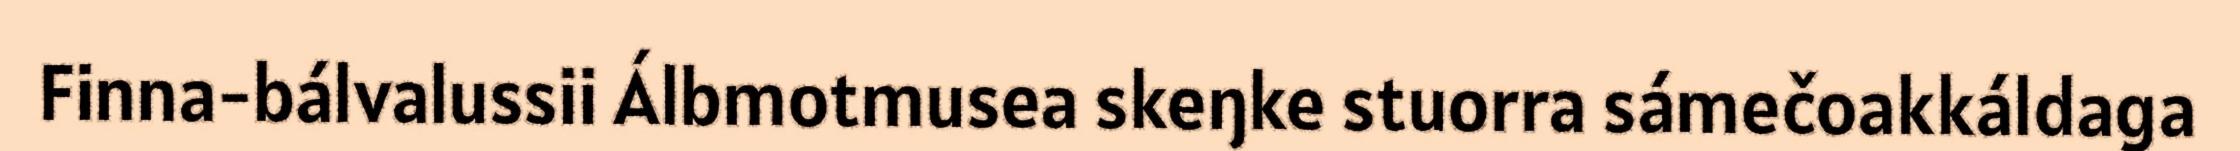
Finna-bálvalussii Álbmotmusea skeŋke stuorra sámečoakkáldaga